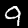
Digit: 9